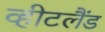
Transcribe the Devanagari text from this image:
व्हीटलैंड